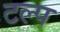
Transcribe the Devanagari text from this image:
टल्प